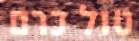
טול כרם